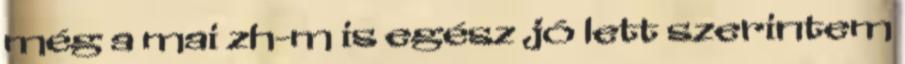
még a mai zh-m is egész jó lett szerintem